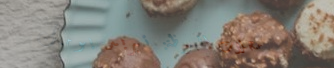
محلات البوظة: تبريد يومك